65_HS1-834228961_62-HQ-83894_SUB_A
Agency: FBI
Page 45
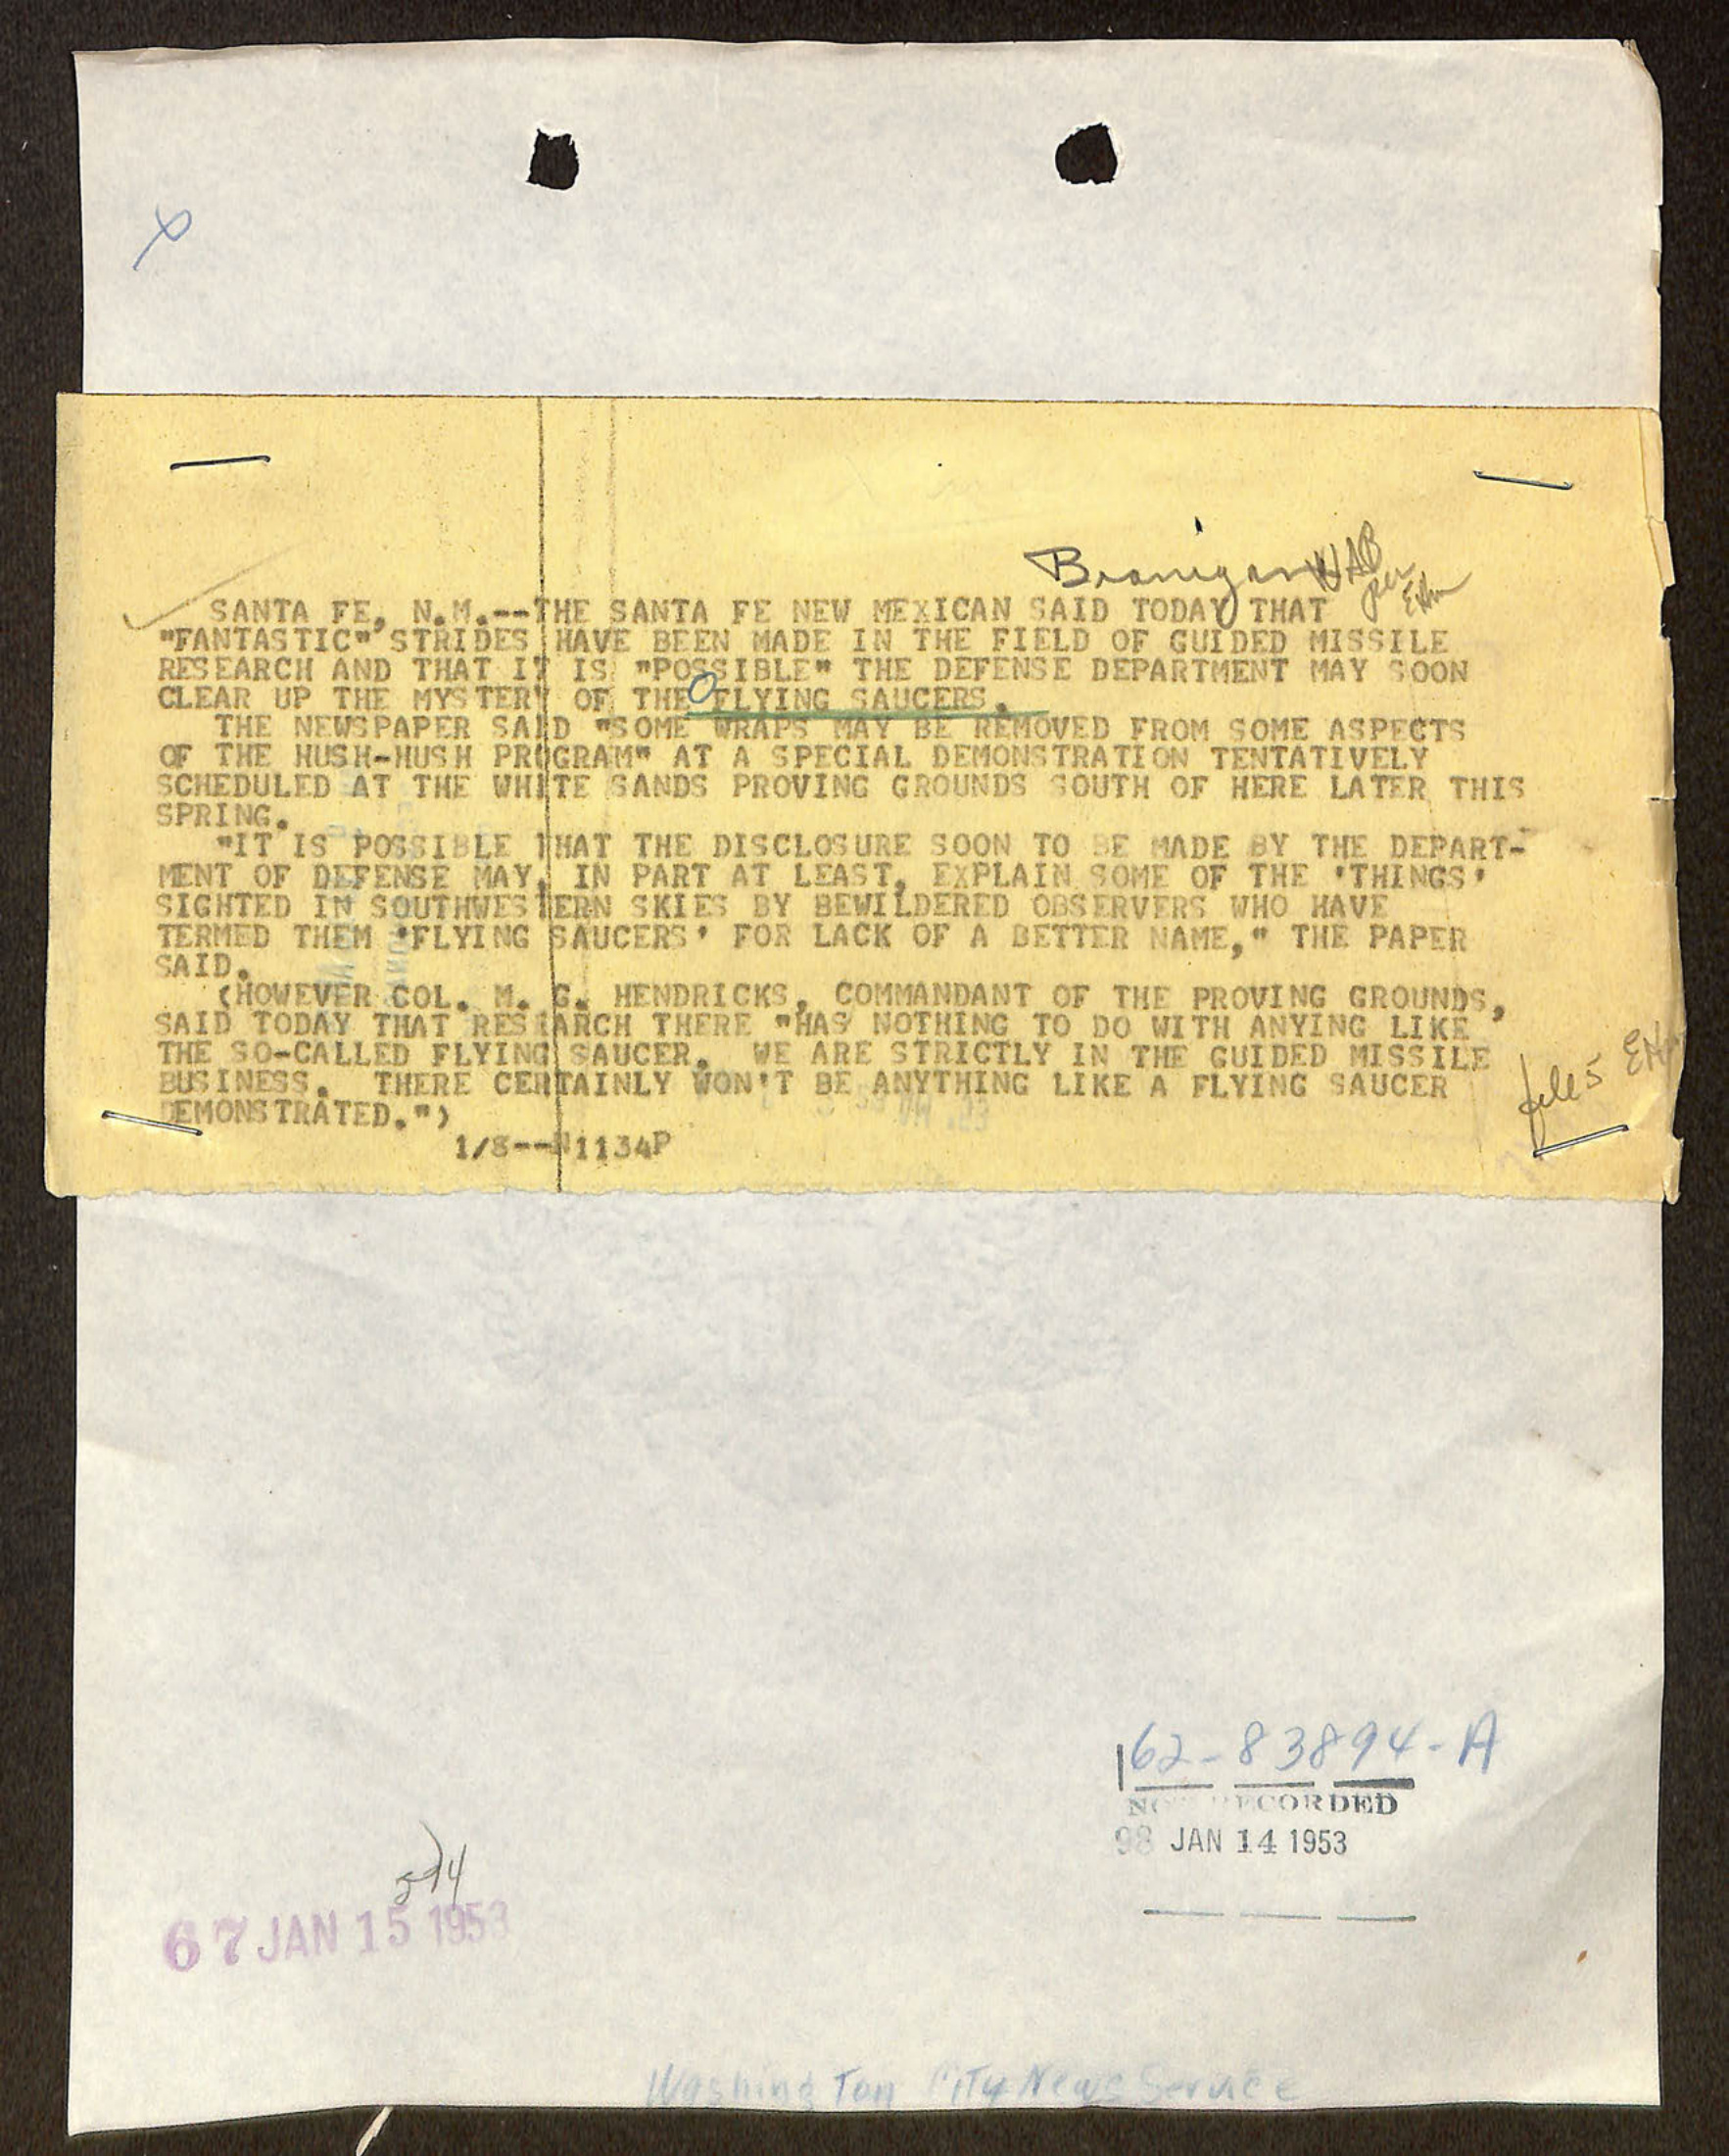